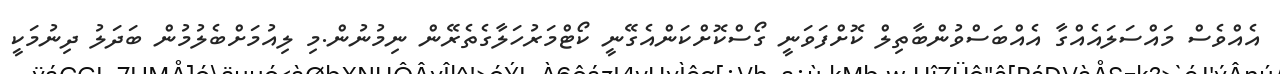
އެއްވެސް މައްސަލައެއްގާ އެއްބަސްވުންބާތިލް ކޮށްފަވަނީ ގޯސްކޮށްކަންއެގޭނީ ކޯޓްމަރުހަލާގެތެރޭން ނިމުނުން.މި ލިއުމަށްބެލުމުން ބަދަލު ދިނުމަކީ